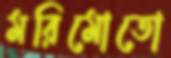
মরিমোতো